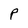
Character: P